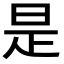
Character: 是